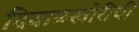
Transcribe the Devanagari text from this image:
दिवाळखोरीची